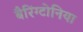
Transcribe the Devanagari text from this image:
बैरिंग्टोनिया